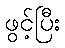
ဖွင့်ပြီး